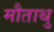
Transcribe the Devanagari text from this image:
मौताथु